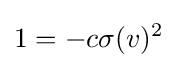
1=-c\sigma (v)^{2}